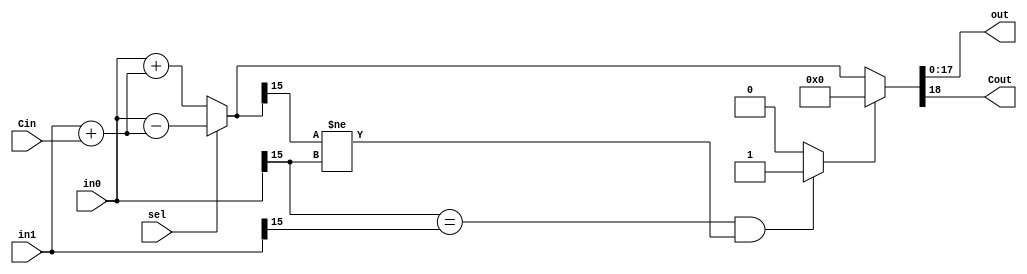
module adder_subtractor #(
	parameter WIDTH = 18
) 
(
	input  wire [WIDTH-1:0]  in0,
	input  wire [WIDTH-1:0]  in1,
	input  wire              sel,
	input  wire              Cin,
	output wire  [WIDTH-1:0] out,
	output wire              Cout
);

reg  [WIDTH-1:0] result;
reg              carry;
wire             overflow;

always @(*) begin
	if (sel == 0)
		{carry,result} = in0 + (in1 + Cin);
	else
		{carry,result} = in0 - (in1 + Cin);
end

// detect overflow to determine the result
assign overflow = ((in0[15] == in1[15]) && (result[15] != in0[15]))? 1'b1:1'b0;

assign {Cout,out} = overflow? 'b0: {carry,result}; 

endmodule